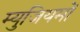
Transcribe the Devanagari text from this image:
म्युजियमों